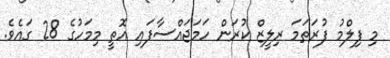
މި ފިލްމު ފުރަތަމަ ރިލީޒް ކުރަން ހަމަޖައްސާފައި އޮތީ މިމަހުގެ 28 ގައެވެ.